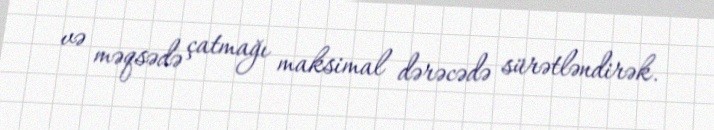
və məqsədə çatmağı maksimal dərəcədə sürətləndirək.